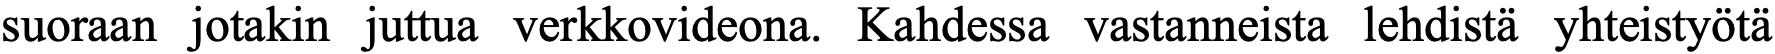
suoraan jotakin juttua verkkovideona. Kahdessa vastanneista lehdistä yhteistyötä